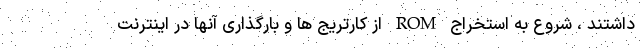
داشتند ، شروع به استخراج ROM از کارتریج ها و بارگذاری آنها در اینترنت